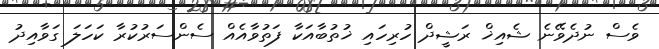
ވެސް ނުދެވޭނެ ޝެއިޚް ރަޝީދް ހުރިހައި ޚުތުބާއަކާ ފަތުވާއެއް ސެންސަރުކުރާ ކަހަލަ ގަވާއިދު